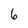
Character: 6